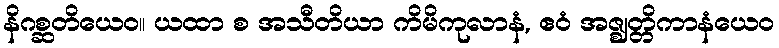
နိဂစ္ဆတိယေဝ။ ယထာ စ အသီတိယာ ကိမိကုလာနံ, ဧဝံ အဇ္ဈတ္တိကာနံယေဝ